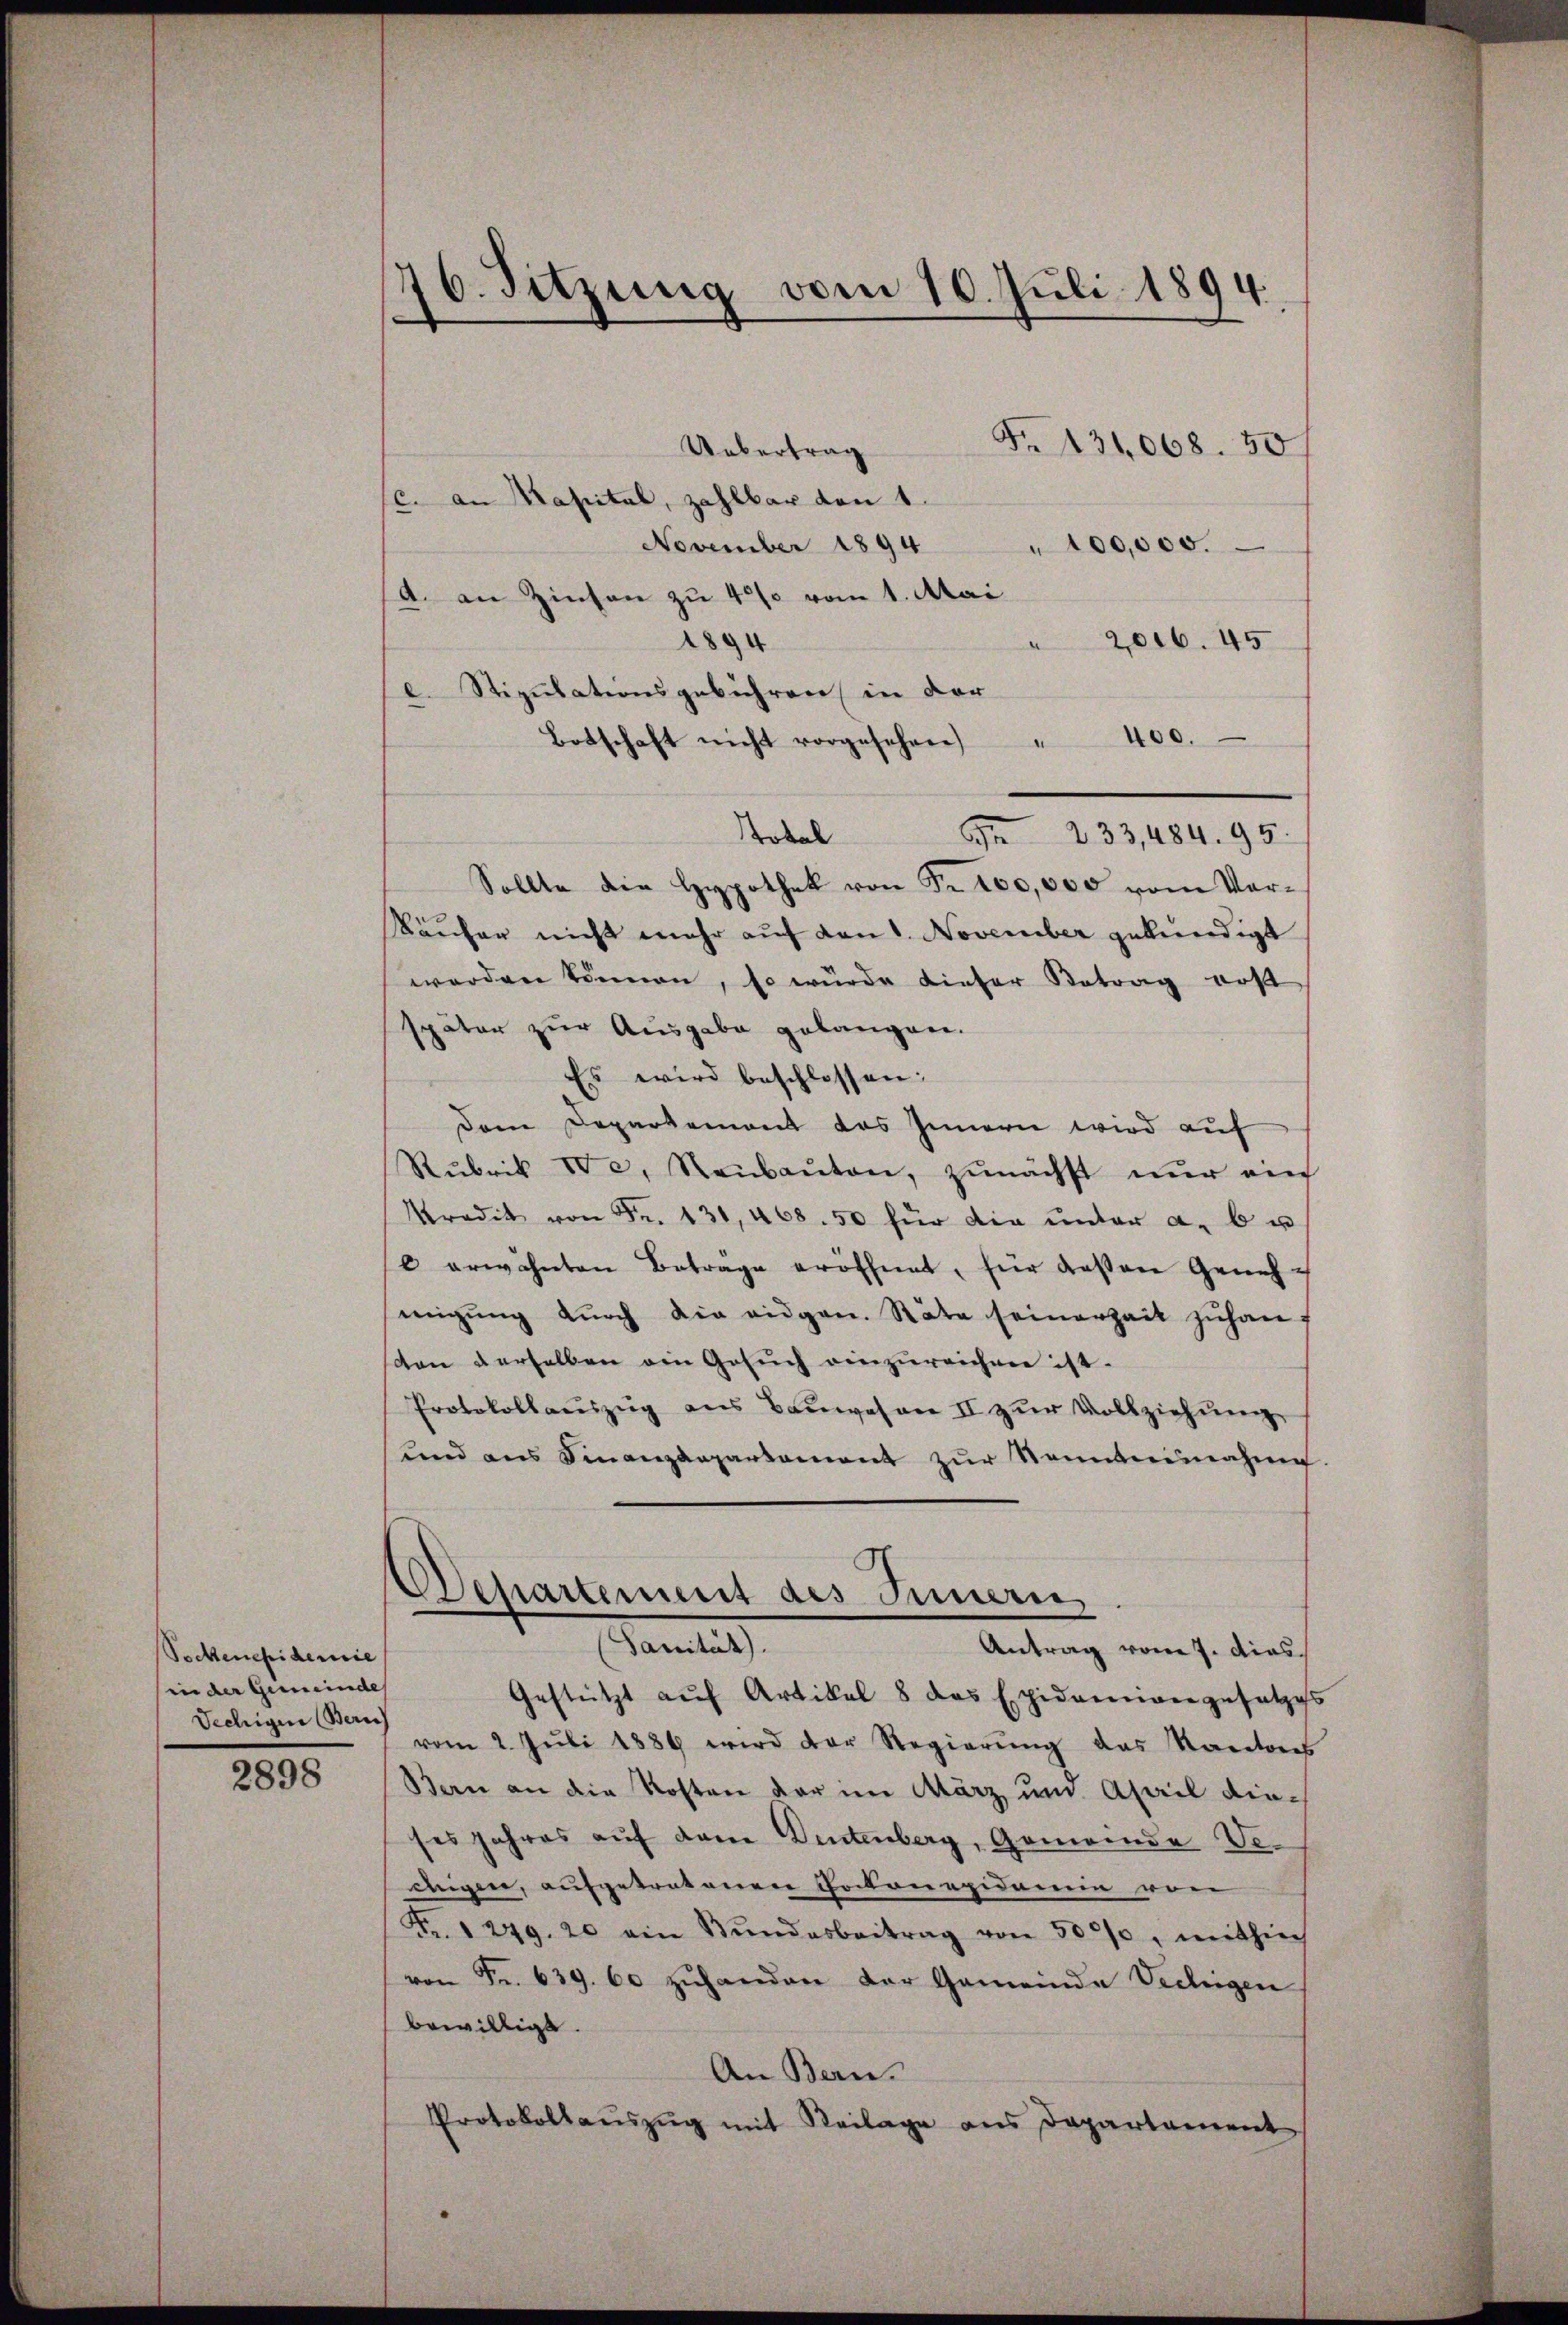
Seckenepidemie
in der Gemeinde
Jechigen Bern

2898

16. Sitzung vom 10. Juli 1894.

Fr. 131,068. 50
Uebertrag
(c. an Kapital, zahlbar von 1
November 1894
d
100,000.
A. an Zinsen zu 4% vom 1. Mai
1894
2006. 45
c. Stipulationsgebühren, in der
Botschaft nicht vorgesehen " 400.
Total
Sollte die Hypothek von Fr. 200,000 vom Vor¬
Käufer nicht mehr auf den 1. November gekündigt
werden können, so würde dieser Betrag erst
später zur Ausgabe gelangen.
Es wird beschlossen:
Dem Departement das Innern wird auf
Rubrik IV c. Raŭbaŭton, zunächst nur ein
Kradit von Fr. 131, 468. 50 für die ŭnter a. b u
 erwähnten Betrage eröffnet, für deßen Genehmigung durch die eidgen. Räte seinerzeit zuhanf
den derselben ein Gesŭch einzŭreichen ist.
Protokollauszug aus Bauwesen II zur Vollziehung
und aus Finanzdepartament zur Sonntennahm
Departement des Innern,
Pamtes
Antrag vom 7. dies
Gestützt aŭf Artikel 8 das Epidemiangesetzes
vom 2. Jŭli 1889 wird der Regierŭng das Kantons
Bern an die Kosten der im März und April die-
ses Jahres auf dem Dentenberg, Gemeinde Vedeigen, aufgetretenen Chockonepidemie von
Fr. 1249. 20 ein Stŭndesbeitrag von 5000, mithinch
von Fr. 639. 60 zuhandere der Gemeinde Verlegen
bewilligt
An Bern.
Protokollaŭszŭg mit Reilage aus Departament

233,484. 95.